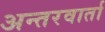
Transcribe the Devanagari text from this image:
अन्तरवार्ता